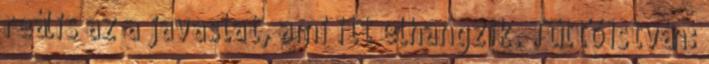
reális az a javaslat, ami itt elhangzik. Tüttő István: